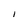
Character: I